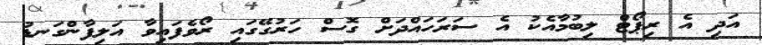
އަދި އެ ރިޕޯޓް ލިބުމާއެކު އެ ސަރަހައްދަށް ގޮސް ހަރުގޭގައި ރޯވެފައިވާ އަލިފާންގަނޑު